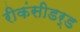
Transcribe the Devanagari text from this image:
रीकंसीडर्ड